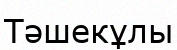
Тәшекұлы